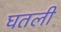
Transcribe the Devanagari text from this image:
घतली